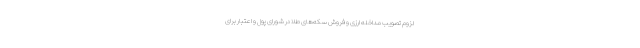
لزوم تصویب مداخله ارزی و فروش سکه‌های طلا در شورای پول و اعتبار برای